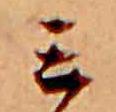
ミ